Lunatic asylums Central Provinces reports 1874-1885 - 1874-1885
Year: 1874
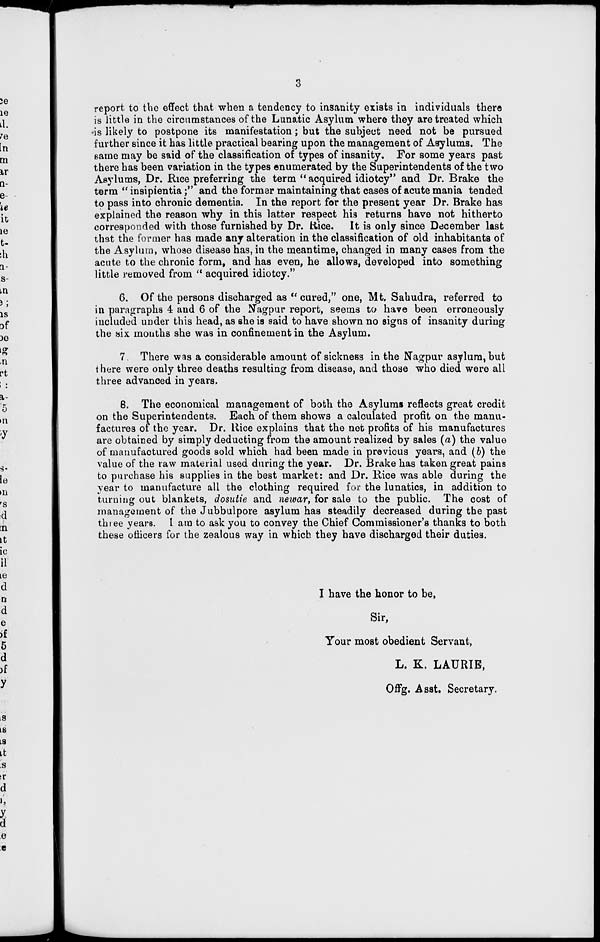
3
report to the effect that when a tendency to insanity exists in individuals there
is little in the circumstances of the Lunatic Asylum where they are treated which
is likely to postpone its manifestation ; but the subject need not be pursued
further since it has little practical bearing upon the management of Asylums. The
same may be said of the classification of types of insanity. For some years past
there has been variation in the types enumerated by the Superintendents of the two
Asylums, Dr. Rice preferring the term " acquired idiotcy" and Dr. Brake the
term " insipientia;" and the former maintaining that cases of acute mania tended
to pass into chronic dementia. In the report for the present year Dr. Brake has
explained the reason why in this latter respect his returns have not hitherto
corresponded with those furnished by Dr. Rice. It is only since December last
that the former has made any alteration in the classification of old inhabitants of
the Asylum, whose disease has, in the meantime, changed in many cases from the
acute to the chronic form, and has even, he allows, developed into something
little removed from " acquired idiotcy."
6. Of the persons discharged as " cured," one, Mt. Sahudra, referred to
in paragraphs 4 and 6 of the Nagpur report, seems to have been erroneously
included under this head, as she is said to have shown no signs of insanity during
the six months she was in confinement in the Asylum.
7. There was a considerable amount of sickness in the Nagpur asylum, but
there were only three deaths resulting from disease, and those who died were all
three advanced in years.
8. The economical management of both the Asylums reflects great credit
on the Superintendents. Each of them shows a calculated profit on the manu-
factures of the year. Dr. Rice explains that the net profits of his manufactures
are obtained by simply deducting from the amount realized by sales (a) the value
of manufactured goods sold which had been made in previous years, and (b) the
value of the raw material used during the year. Dr. Brake has taken great pains
to purchase his supplies in the best market: and Dr. Rice was able during the
year to manufacture all the clothing required for the lunatics, in addition to
turning out blankets, dosutie and newar, for sale to the public. The cost of
management of the Jubbulpore asylum has steadily decreased during the past
three years. I am to ask you to convey the Chief Commissioner's thanks to both
these officers for the zealous way in which they have discharged their duties.
I have the honor to be,
Sir,
Your most obedient Servant,
L. K. LAURIE,
Offg. Asst. Secretary.